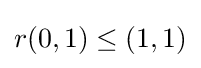
r(0,1)\leq (1,1)